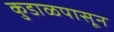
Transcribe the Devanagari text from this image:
कुडाळपासून